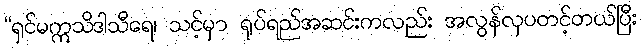
“ရှင်မဣသိဒါသီရေ၊ သင့်မှာ ရုပ်ရည်အဆင်းကလည်း အလွန်လှပတင့်တယ်ပြီး